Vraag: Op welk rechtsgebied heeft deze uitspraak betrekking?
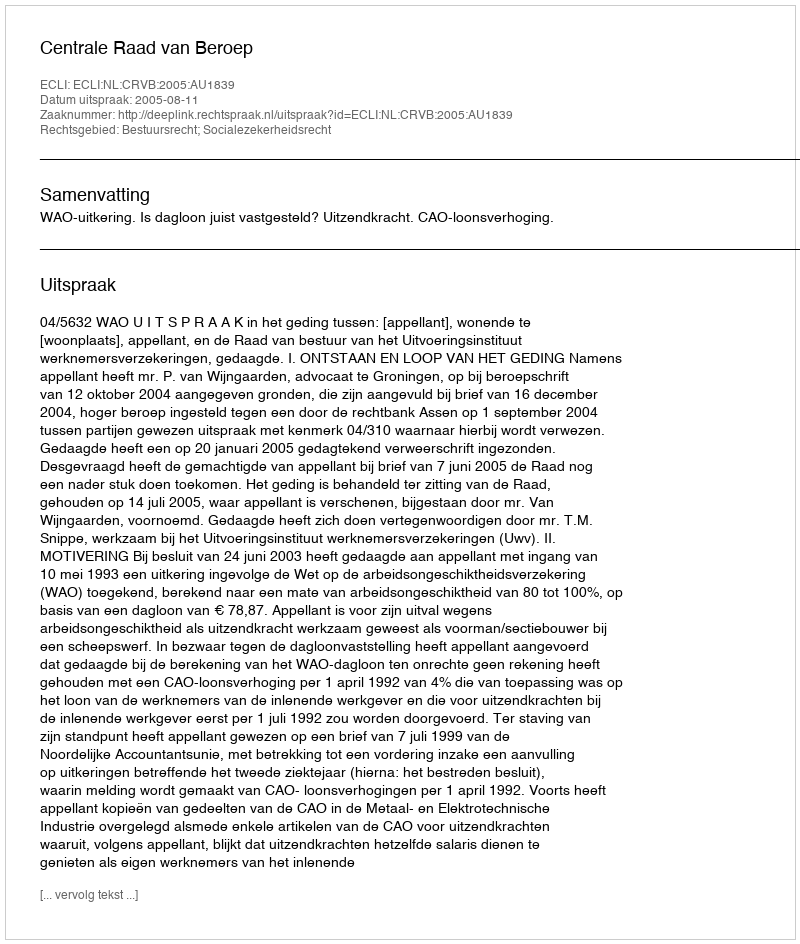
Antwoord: Bestuursrecht; Socialezekerheidsrecht